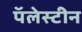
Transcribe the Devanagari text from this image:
पॅलेस्टीन